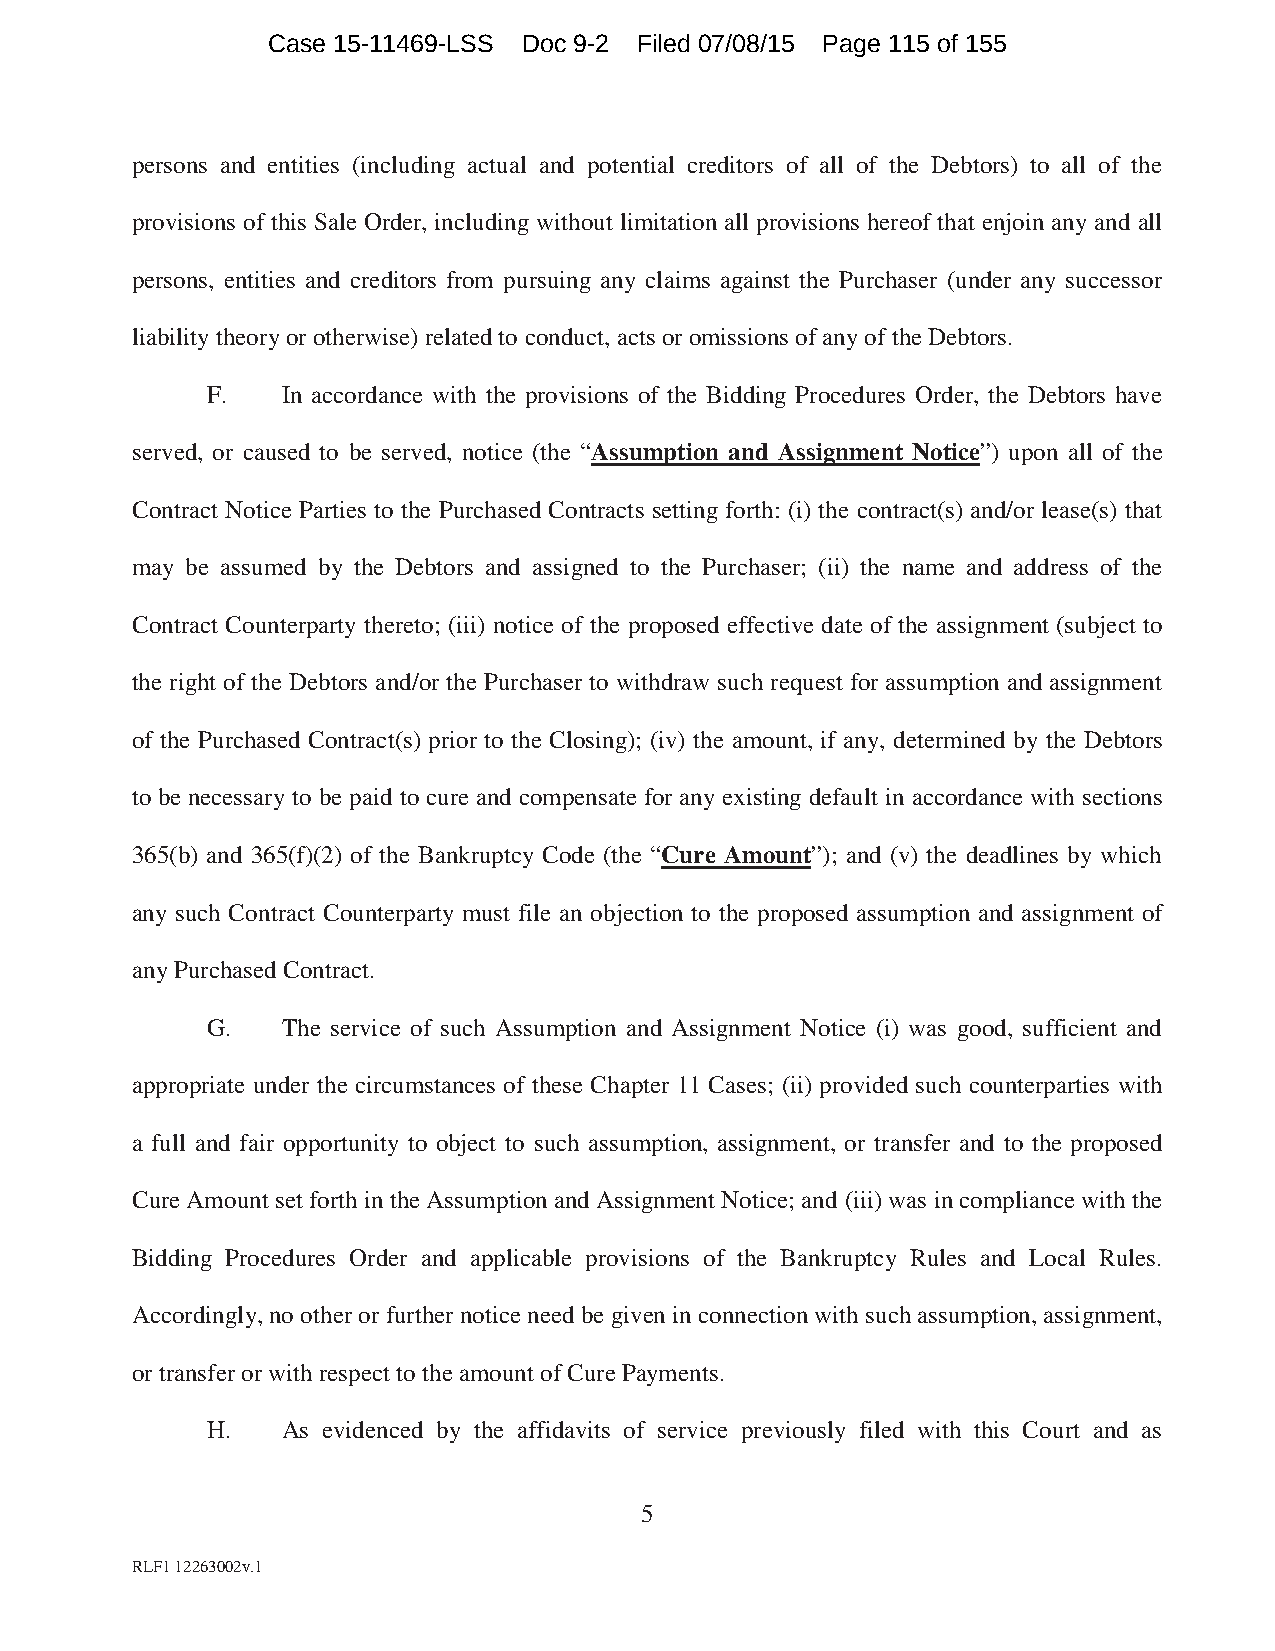
Case 15-11469-LSS Doc 9-2 Filed 07/08/15 Page 115 of 155
 persons and entities (including actual and potential creditors of all of the Debtors) to all of the
 provisions of this Sale Order, including without limitation all provisions hereof that enjoin any and all
 persons, entities and creditors from pursuing any claims against the Purchaser (under any successor
 liability theory or otherwise) related to conduct, acts or omissions of any of the Debtors.
 F.   In accordance with the provisions of the Bidding Procedures Order, the Debtors have
 served, or caused to be served, notice (the “Assumption and Assignment Notice”) upon all of the
 Contract Notice Parties to the Purchased Contracts setting forth: (i) the contract(s) and/or lease(s) that
 may be assumed by the Debtors and assigned to the Purchaser; (ii) the name and address of the
 Contract Counterparty thereto; (iii) notice of the proposed effective date of the assignment (subject to
 the right of the Debtors and/or the Purchaser to withdraw such request for assumption and assignment
 of the Purchased Contract(s) prior to the Closing); (iv) the amount, if any, determined by the Debtors
 to be necessary to be paid to cure and compensate for any existing default in accordance with sections
 365(b) and 365(f)(2) of the Bankruptcy Code (the “Cure Amount”); and (v) the deadlines by which
 any such Contract Counterparty must file an objection to the proposed assumption and assignment of
 any Purchased Contract.
 G.   The service of such Assumption and Assignment Notice (i) was good, sufficient and
 appropriate under the circumstances of these Chapter 11 Cases; (ii) provided such counterparties with
 a full and fair opportunity to object to such assumption, assignment, or transfer and to the proposed
 Cure Amount set forth in the Assumption and Assignment Notice; and (iii) was in compliance with the
 Bidding Procedures Order and applicable provisions of the Bankruptcy Rules and Local Rules.
 Accordingly, no other or further notice need be given in connection with such assumption, assignment,
 or transfer or with respect to the amount of Cure Payments.
 H.   As evidenced by the affidavits of service previously filed with this Court and as
 5
 RLF1 12263002v.1